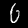
Label: 6